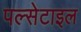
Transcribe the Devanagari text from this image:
पल्सेटाइल